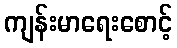
ကျန်းမာရေးစောင့်